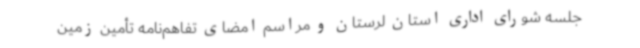
جلسه شورای اداری استان لرستان و مراسم امضای تفاهم‌نامه تأمین زمین